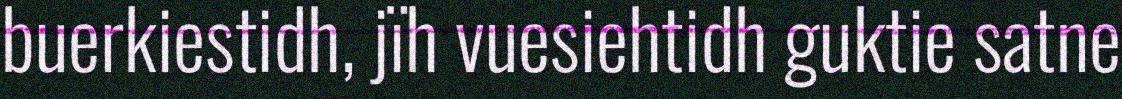
buerkiestidh, jïh vuesiehtidh guktie satne